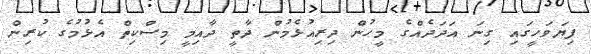
ފިޔަވަހީގައި ގިނަ އަދަދެއްގެ މީހުން ދިރިއުޅެމުން ދާތީ ދާއިމީ މިސްކިތް އެޅުމުގެ ކުރިން